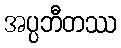
အပ္ပဘီတဿ